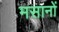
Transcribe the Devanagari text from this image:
मसानों